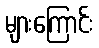
များကြောင်း